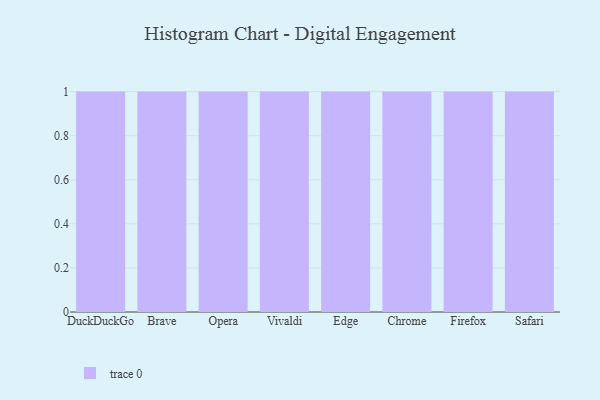
{"axis": {"x": "Browser", "y": "Page Views"}, "legend": [""], "data": [{"x": "DuckDuckGo", "y": 84, "type": ""}, {"x": "Brave", "y": 84, "type": ""}, {"x": "Opera", "y": 20, "type": ""}, {"x": "Vivaldi", "y": 20, "type": ""}, {"x": "Edge", "y": 79, "type": ""}, {"x": "Chrome", "y": 74, "type": ""}, {"x": "Firefox", "y": 20, "type": ""}, {"x": "Safari", "y": 95, "type": ""}]}